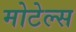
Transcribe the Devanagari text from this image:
मोटेल्स